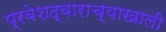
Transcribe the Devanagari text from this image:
प्रवेशद्वाराच्याखाली